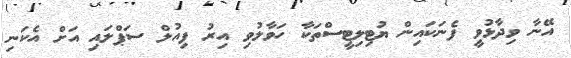
އޭނާ ވިދާޅުވީ ފެނަކައިން ޔުޓިލިޓީސްތަކާ ހަވާލުވި އިރު ފިއުލް ސަޕްލައި އަށް އެކަނި